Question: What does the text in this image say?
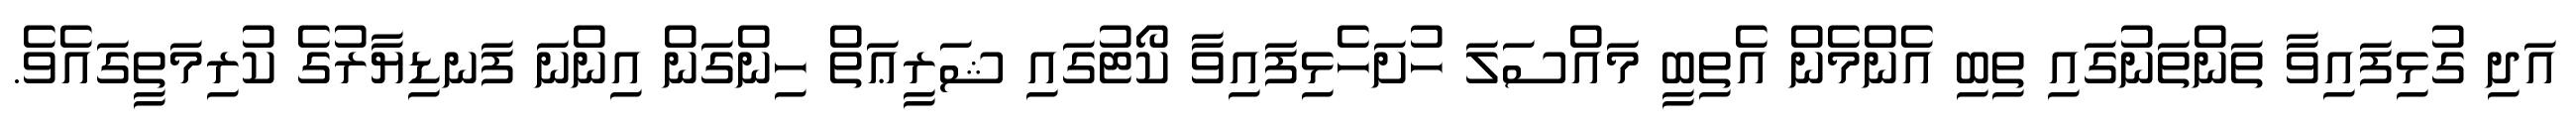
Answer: އަދި ގުޅިފައިވާ ތަންތަނުގައި ތިބި އެންމެން އެތިބީ މައްސަލަ ހުށަހެޅިފައިވާ ކޯޓުގައި ޝަރީޢަތް ހިންގަން އިންނަ ފަނޑިޔާރުގެ ކުރިމަތީގައެވެ.